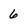
Character: 6